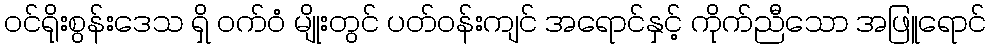
ဝင်ရိုးစွန်းဒေသ ရှိ ဝက်ဝံ မျိုးတွင် ပတ်ဝန်းကျင် အရောင်နှင့် ကိုက်ညီသော အဖြူရောင်